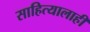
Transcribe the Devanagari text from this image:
साहित्यालाही